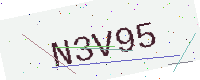
Text: N3V95